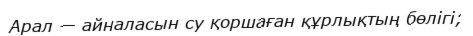
Арал — айналасын су қоршаған құрлықтың бөлігі;